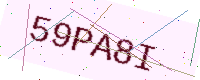
Text: 59PA8I